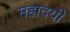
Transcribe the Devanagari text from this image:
महादयी